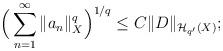
LaTeX: \begin{align*}\Big(\sum_{n=1}^\infty \|a_n\|_X^{q}\Big)^{1/{q}} \leq C \|D\|_{\mathcal{H}_{q'}(X)};\end{align*}